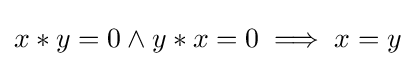
x\ast y=0\land y\ast x=0\implies x=y